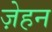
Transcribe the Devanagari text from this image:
ज़ेहन